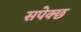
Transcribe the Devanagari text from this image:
सपेक्छ